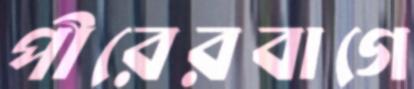
পীরেরবাগে